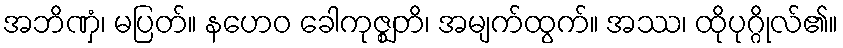
အဘိဏှံ၊ မပြတ်။ နဟေဝ ခေါကုဇ္ဈတိ၊ အမျက်ထွက်။ အဿ၊ ထိုပုဂ္ဂိုလ်၏။